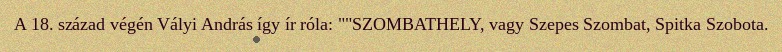
A 18. század végén Vályi András így ír róla: ""SZOMBATHELY, vagy Szepes Szombat, Spitka Szobota.